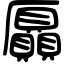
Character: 𠫍